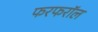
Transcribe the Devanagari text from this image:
फरफरॉल